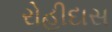
રોહીદાસ